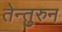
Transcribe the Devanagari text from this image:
तेन्तुरुन